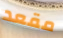
مقعد